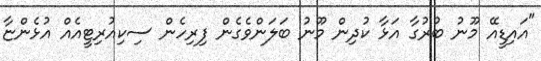
"އައިޑީއޭ މޫނު ބުރުގާ އަޅާ ކުދިން މޫނު ބަލަންވެގެން ފިރިހެން ސިކިއުރިޓީއެއް އުޅެންޏާ